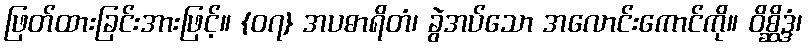
ဖြတ်ထားခြင်းအားဖြင့်။ {၀၇} အပဓာရိတံ၊ ခွဲအပ်သော အလောင်းကောင်ကို။ ဝိစ္ဆိဒ္ဒံ၊